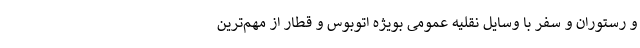
و رستوران و سفر با وسایل نقلیه عمومی بویژه اتوبوس و قطار از مهم‌ترین